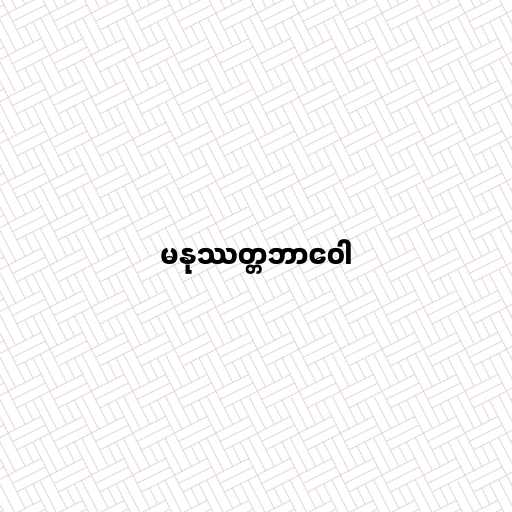
မနုဿတ္တဘာဝေါ